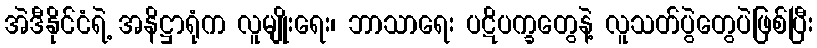
အဲဒီနိုင်ငံရဲ့ အနိဋ္ဌာရုံက လူမျိုးရေး၊ ဘာသာရေး ပဋိပက္ခတွေနဲ့ လူသတ်ပွဲတွေပဲဖြစ်ပြီး